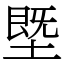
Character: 塈